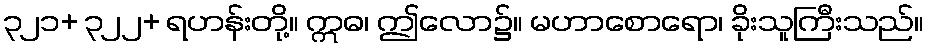
၃၂၁+ ၃၂၂+ ရဟန်းတို့။ ဣဓ၊ ဤလော၌။ မဟာစောရော၊ ခိုးသူကြီးသည်။